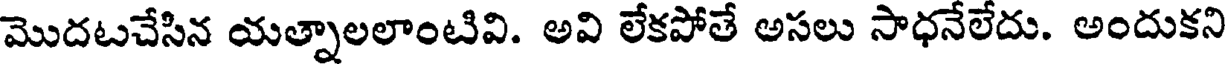
మొదటచేసిన యత్నాలలాంటివి. అవి లేకపోతే అసలు సాధనేలేదు. అందుకని